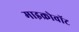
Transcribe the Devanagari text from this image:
माइक्रोवॉट